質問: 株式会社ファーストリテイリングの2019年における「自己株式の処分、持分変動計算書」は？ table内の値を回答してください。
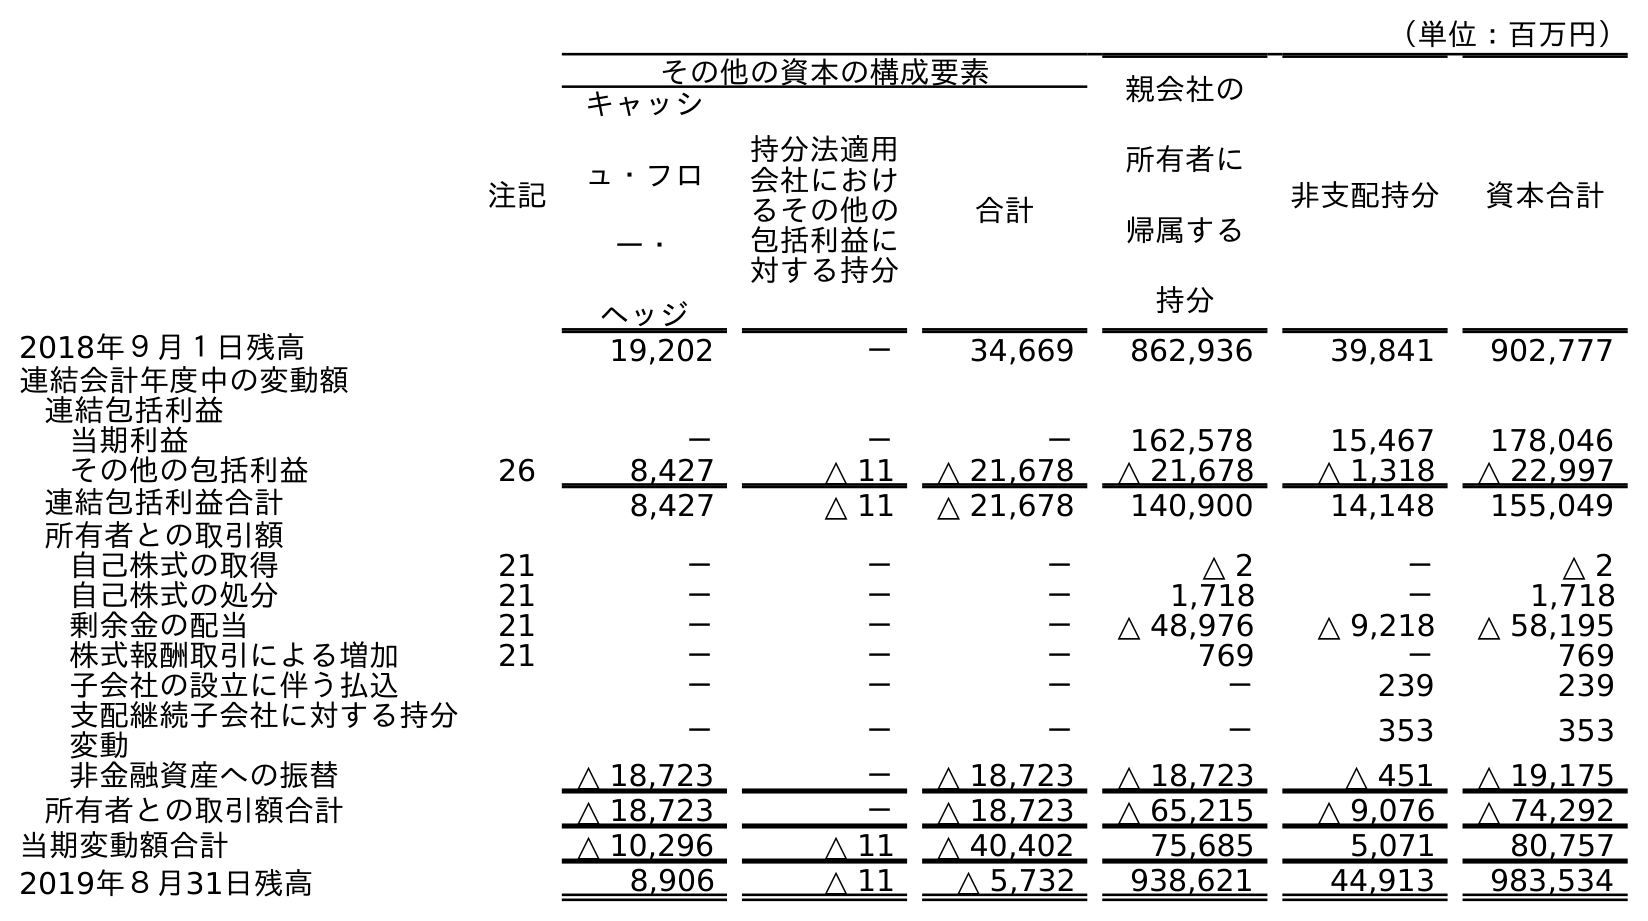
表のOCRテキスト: （単位：百万円） 注記 その他の資本の構成要素 親会社の 所有者に 帰属する 持分 非支配持分 資本合計 キャッシ ュ・フロ ー・ ヘッジ 持分法適用 会社におけ るその他の 包括利益に 対する持分 合計 2018年９月１日残高 19,202 － 34,669 862,936 39,841 902,777 連結会計年度中の変動額 連結包括利益 当期利益 － － － 162,578 15,467 178,046 その他の包括利益 26 8,427 △ 11 △ 21,678 △ 21,678 △ 1,318 △ 22,997 連結包括利益合計 8,427 △ 11 △ 21,678 140,900 14,148 155,049 所有者との取引額 自己株式の取得 21 － － － △ 2 － △ 2 自己株式の処分 21 － － － 1,718 － 1,718 剰余金の配当 21 － － － △ 48,976 △ 9,218 △ 58,195 株式報酬取引による増加 21 － － － 769 － 769 子会社の設立に伴う払込 － － － － 239 239 支配継続子会社に対する持分 変動 － － － － 353 353 非金融資産への振替 △ 18,723 － △ 18,723 △ 18,723 △ 451 △ 19,175 所有者との取引額合計 △ 18,723 － △ 18,723 △ 65,215 △ 9,076 △ 74,292 当期変動額合計 △ 10,296 △ 11 △ 40,402 75,685 5,071 80,757 2019年８月31日残高 8,906 △ 11 △ 5,732 938,621 44,913 983,534
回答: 1,718